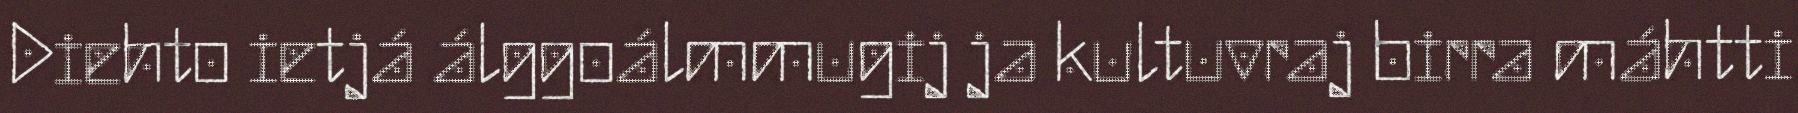
Diehto ietjá álggoálmmugij ja kultuvraj birra máhtti